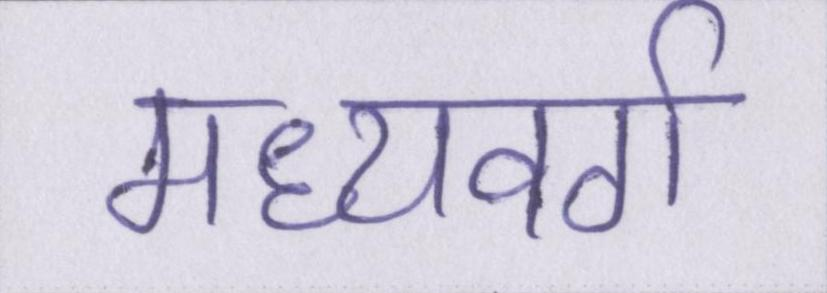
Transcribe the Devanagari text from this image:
मध्यवर्ग